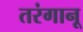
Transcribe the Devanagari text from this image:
तरंगानू